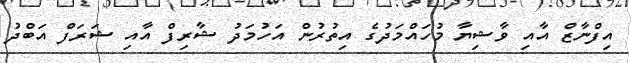
އިފްނާޒް އާއި ވާޝިޔާ މުހައްމަދުގެ އިތުރުން އަހުމަދު ޝާރިފް އާއި ޝަރަފް އަބްދު